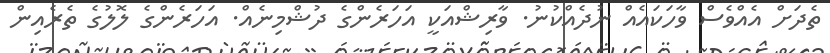
ތެދަށް އެއްވެސް ވާހަކައެއް ނުދެއްކުނު. ވާރިޝްއަކީ އަހަރެންގެ ދުޝްމިނެއް. އަހަރެންގެ ލޮލުގެ ތެރެއިން